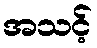
အသင့်